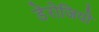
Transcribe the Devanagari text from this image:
डेरोजियो